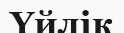
Үйлік